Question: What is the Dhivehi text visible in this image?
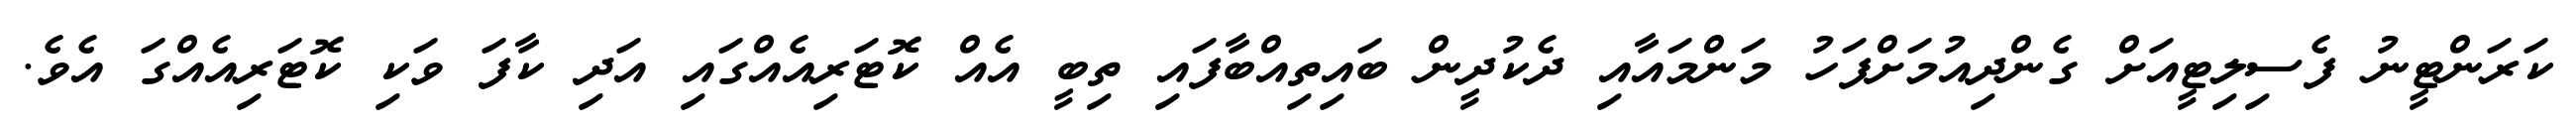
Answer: ކަރަންޓީނު ފެސިލިޓީއަށް ގެންދިއުމަށްފަހު މަންމައާއި ދެކުދީން ބައިތިއްބާފައި ތިބީ އެއް ކޮޓަރިއެއްގައި އަދި ކާފަ ވަކި ކޮޓަރިއެއްގަ އެވެ.